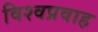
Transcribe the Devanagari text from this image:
विश्वप्रवाह